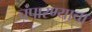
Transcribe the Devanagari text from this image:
चंपारण्याचा